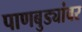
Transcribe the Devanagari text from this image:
पाणबुड्यांवर